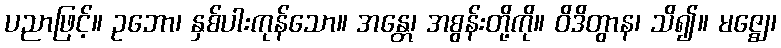
ပညာဖြင့်။ ဥဘော၊ နှစ်ပါးကုန်သော။ အန္တေ၊ အစွန်းတို့ကို။ ဝိဒိတွာန၊ သိ၍။ မဇ္ဈေ၊